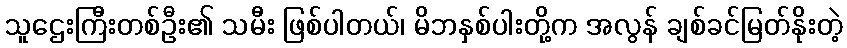
သူဌေးကြီးတစ်ဦး၏ သမီး ဖြစ်ပါတယ်၊ မိဘနှစ်ပါးတို့က အလွန် ချစ်ခင်မြတ်နိုးတဲ့